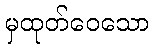
မှထုတ်ဝေသော